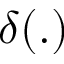
\delta ( . )